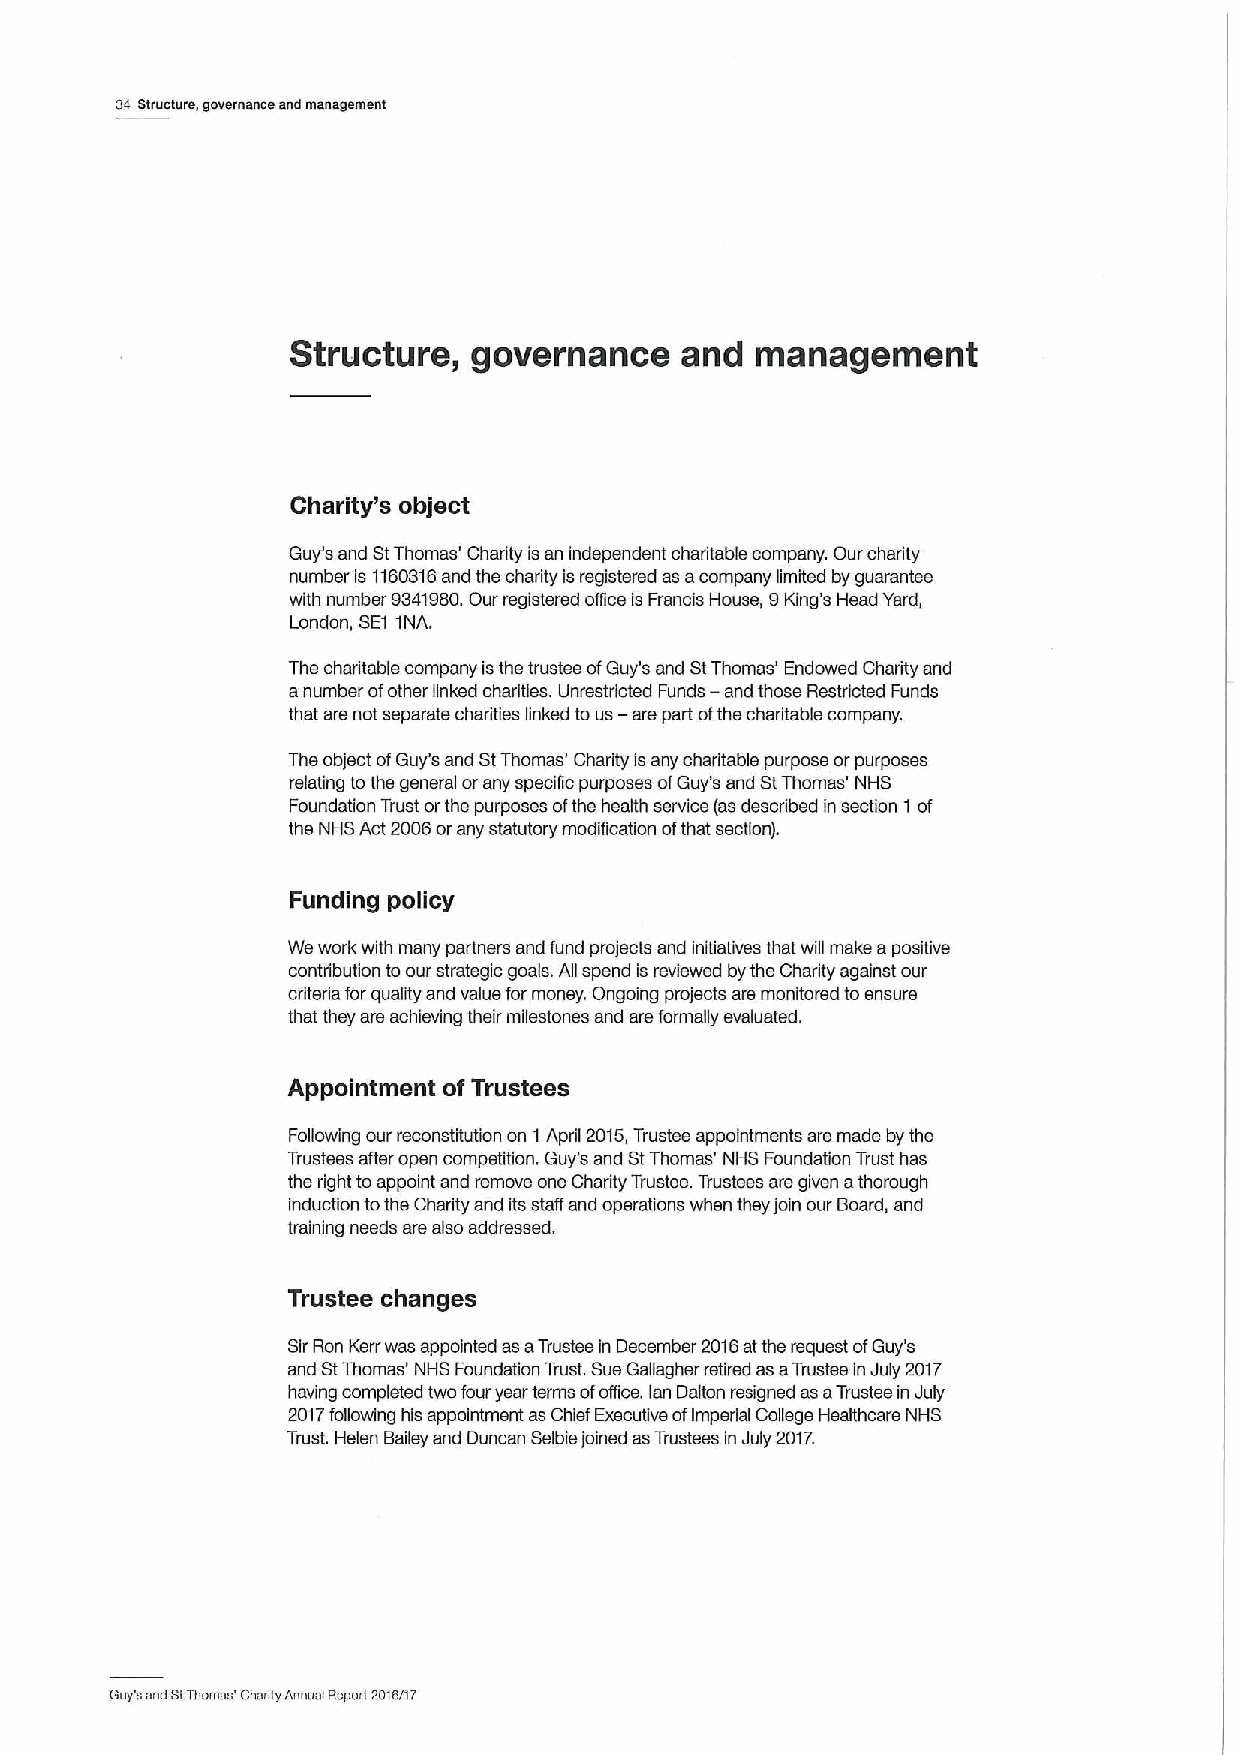
34 Structure, governance and management
 Structure,  governance    and  management
 Charity's object
 Guy's and StThomas' Charity isan independent charitable company. Our charity
 number is 1160316and the charity isregistered as acompany limited by guarantee
 with number 9341960.Our registered oflice is Francis House, 9King's Head Yard,
 London, SE1 1NA.
 The charitable company isthe trustee ofGuy's and StThomas' Endowed Charity and
 anumber ofother linked charities. Unrestricted Funds — and those Restricted Funds
 that are not separate charities linked to us —are part ofthe charitable company.
 The object ofGuy's and StThomas' Charity is any charitable purpose or purposes
 relating tothe general orany specific purposes ofGuy's and StThomas' NHS
 Foundation Trust orthe purposes ofthe health service (as described in section 1 of
 the NHS Act 2006orany statutory modification ofthat section).
 Funding policy
 We work with many partners and fund projects and initiatives that will make apositive
 contribution toour strategic goals. Afi spend is reviewed by the Charity against our
 criteria for quality and value for money. Ongoing projects are monitored toensure
 that they are achieving their milestones and are formally evaluated.
 Appointment ofTrustees
 Following our reconstitution on 1April 2015,Trustee appointments are made by the
 Trustees after open competition. Guy's and StThomas' NHS Foundation Trust has
 the right to appoint and remove one Charity Trustee. Trustees are given athorough
 induction tothe Charity and its staff and operations when they join our Board, and
 training needs are also addressed.
 Trustee changes
 SirRon Kerr was appointed as aTrustee in December 2016atthe request ofGuy's
 and StThomas' NHS Foundation Trust. Sue Gafiagher retired as aTrustee in July 2017
 having completed two four year terms ofoffice. lan Dalton resigned as aTrustee in July
 2017following his appointment as Chief Executive ofImperiial Cofiege Healthcare NHS
 Trust. Helen Bailey and Duncan Selbie joined asTrustees in July 2017.
 euy's and StThomas' Charity Annual Report 20tSn7